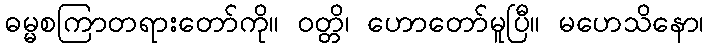
ဓမ္မစကြာတရားတော်ကို။ ဝတ္တိ၊ ဟောတော်မူပြီ။ မဟေသိနော၊